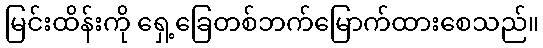
မြင်းထိန်းကို ရှေ့ခြေတစ်ဘက်မြောက်ထားစေသည်။